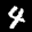
Label: 4